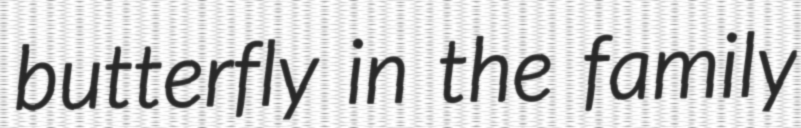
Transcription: butterfly in the family